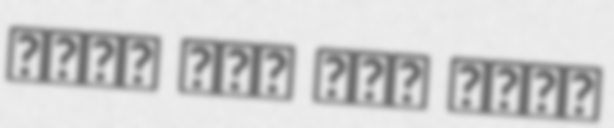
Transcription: اللہ آقا سید احمد